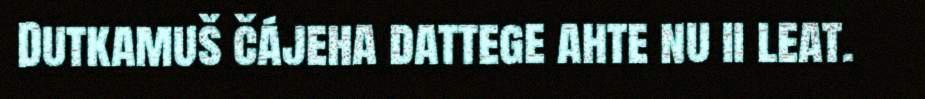
Dutkamuš čájeha dattege ahte nu ii leat.